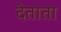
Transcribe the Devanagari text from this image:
देताता